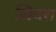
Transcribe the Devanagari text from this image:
जियरा